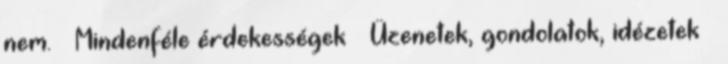
nem. » Mindenféle érdekességek » Üzenetek, gondolatok, idézetek »